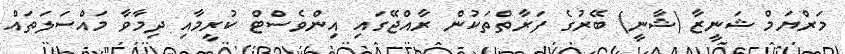
މަރްޔަމް ޝަނީޒާ (ޝާނީ) ބޭރުގެ ފަރާތްތަކުން ރާއްޖޭގައި އިންވެސްޓް ކުރީމާއި ދިމާވާ މައްސަލަތައް